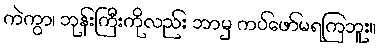
ကဲကွာ၊ ဘုန်းကြီးကိုလည်း ဘာမှ ကပ်ဖော်မရကြဘူး။